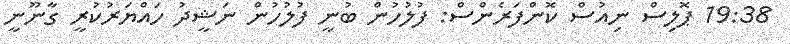
19:38 ޕޮލިސް ނިއުސް ކޮންފަރެންސް: ފުލުހުން ބުނީ ފުލުހުން ނަޝީދު ހައްޔަރުކުރީ ގާނޫނީ